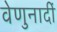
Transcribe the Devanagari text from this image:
वेणुनादीं